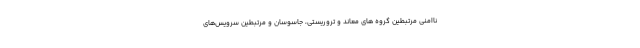
ناامنی مرتبطین گروه های معاند و تروریستی، جاسوسان و مرتبطین سرویس‌های